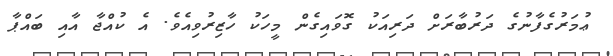
ޢުމަރުގެފާނުގެ ދަރުބާރަށް ދަރިއަކު ގޮވައިގެން މީހަކު ހާޒިރުވިއެވެ. އެ ކުއްޖާ އާއި ބައްޕާ